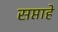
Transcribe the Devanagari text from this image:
सप्ताहे